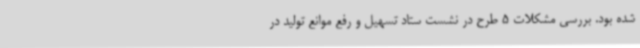
شده بود. بررسی مشکلات 5 طرح در نشست ستاد تسهیل و رفع موانع تولید در